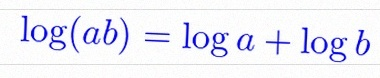
\log(ab)=\log a+\log b